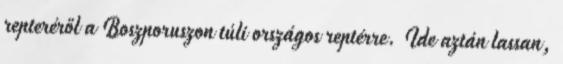
repteréről a Boszporuszon túli országos reptérre. Ide aztán lassan,